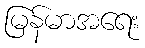
မြန်မာအရေး